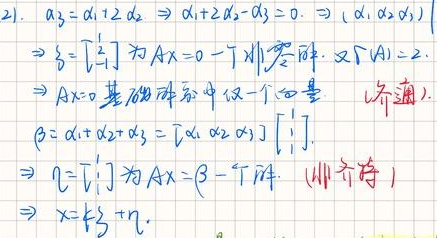
21. \( \alpha_{3}=\alpha_{1} + 2\alpha_{2}\Rightarrow\alpha_{1}+2\alpha_{2}-\alpha_{3}=0\)，\(\Rightarrow (\alpha_{1},\alpha_{2},\alpha_{3})\)\( \beta = \begin{bmatrix}2\\1\end{bmatrix} \) 为 \( Ax = 0 \) 一个非零解。又 \( r(A)=2\)，\(\Rightarrow Ax = 0 \) 基础解系中仅一个向量 （齐次）。\( \beta=\alpha_{1}+\alpha_{2}+\alpha_{3}=[\alpha_{1},\alpha_{2},\alpha_{3}]\begin{bmatrix}1\\1\\1\end{bmatrix}\)，\(\Rightarrow \eta=\begin{bmatrix}1\\1\\1\end{bmatrix} \) 为 \( Ax = \beta \) 一个解。（非齐次）\(\Rightarrow x = k\beta+\eta\)。